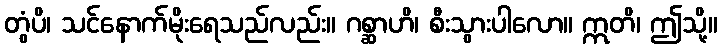
တွံပိ၊ သင်နောက်မိုးရေသည်လည်း။ ဂစ္ဆာဟိ၊ စီးသွားပါလော။ ဣတိ၊ ဤသို့။